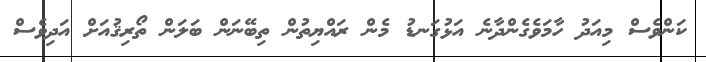
ކަންވެސް މިއަދު ހާމަވެގެންދާނެ އަޅުގަނޑު މެން ރައްޔިތުން ތިބޭނަން ބަލަން ތޯރިޤުއަށް އަދިވެސް